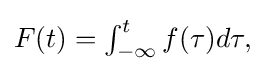
{\textstyle F(t)=\int _{-\infty }^{t}f(\tau )d\tau ,}